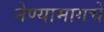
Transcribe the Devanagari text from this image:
नेण्यामागचे